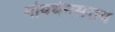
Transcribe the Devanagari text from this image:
गोवर्धनसराय